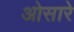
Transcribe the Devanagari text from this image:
ओसारे